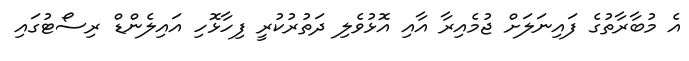
އެ މުބާރާތުގެ ފައިނަލަށް ޖުމެއިރާ އާއި އޮޅުވެލި ދަތުރުކުރީ ފިހާޅޮހި އައިލެންޑް ރިސޯޓުގައި